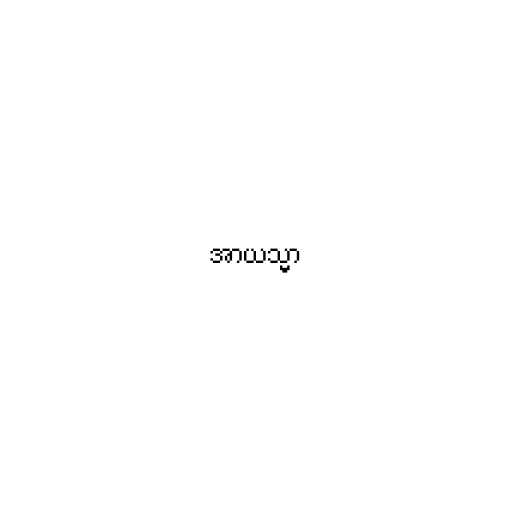
အာယသ္မာ